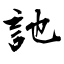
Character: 訑